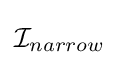
{\mathcal {I}}_{narrow}